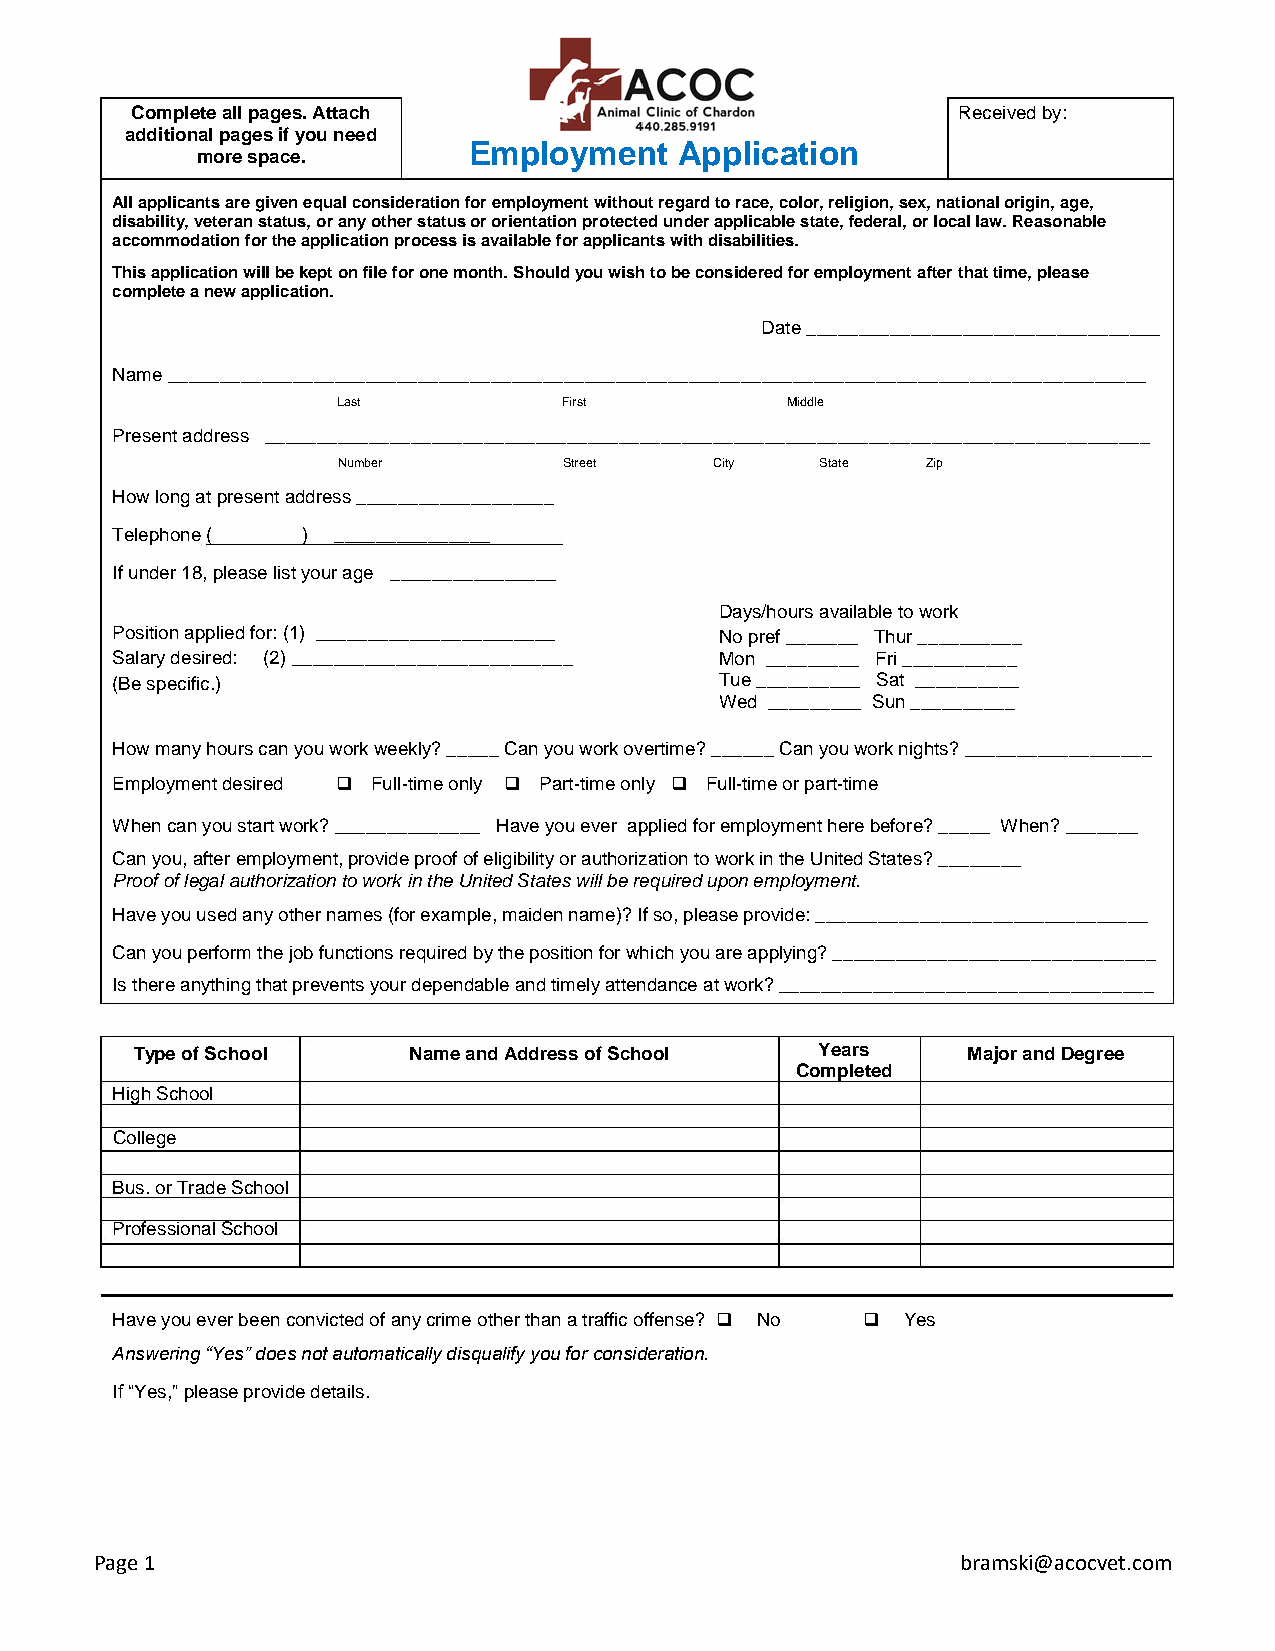
Complete all pages. Attach                            Received by:
 additional pages if you need
 Employment    Application
 more space.
 All applicants are given equal consideration for employment without regard to race, color, religion, sex, national origin, age,
 disability, veteran status, or any other status or orientation protected under applicable state, federal, or local law. Reasonable
 accommodation for the application process is available for applicants with disabilities.
 This application will be kept on file for one month. Should you wish to be considered for employment after that time, please
 complete a new application.
 Date __________________________________
 Name ______________________________________________________________________________________________
 Last           First          Middle
 Present address _____________________________________________________________________________________
 Number         Street    City   State  Zip
 How long at present address ___________________
 Telephone (  ) _______________
 If under 18, please list your age ________________
 Days/hours available to work
 Position applied for: (1) _______________________ No pref _______ Thur __________
 Salary desired: (2) ___________________________ Mon _________ Fri ___________
 (Be specific.)                           Tue __________ Sat __________
 Wed _________ Sun __________
 How many hours can you work weekly? _____ Can you work overtime? ______ Can you work nights? __________________
 Employment desired ❑ Full-time only ❑ Part-time only ❑ Full-time or part-time
 When can you start work? ______________ Have you ever applied for employment here before? _____ When? _______
 Can you, after employment, provide proof of eligibility or authorization to work in the United States? ________
 Proof of legal authorization to work in the United States will be required upon employment.
 Have you used any other names (for example, maiden name)? If so, please provide: ________________________________
 Can you perform the job functions required by the position for which you are applying? _______________________________
 Is there anything that prevents your dependable and timely attendance at work? ____________________________________
 Type of School    Name and Address of School Years     Major and Degree
 Completed
 High School
 College
 Bus. or Trade School
 Professional School
 Have you ever been convicted of any crime other than a traffic offense? ❑ No ❑ Yes
 Answering “Yes” does not automatically disqualify you for consideration.
 If “Yes,” please provide details.
 Page 1                                                    bramski@acocvet.com